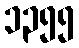
၁၃၅၅